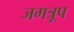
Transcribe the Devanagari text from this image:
जगत्रूप